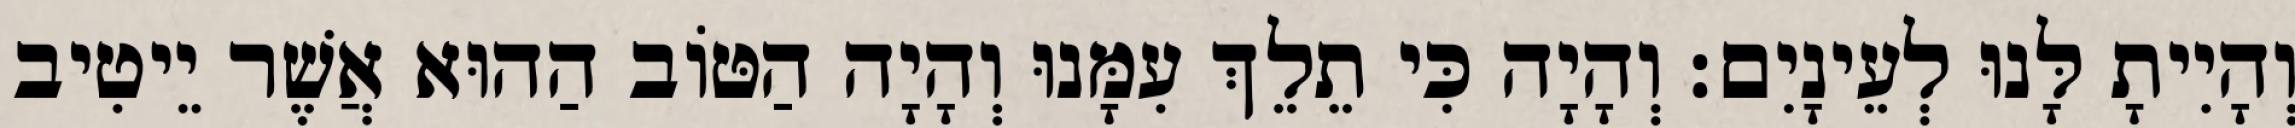
וְהָיִיתָ לָּנוּ לְעֵינָיִם׃ וְהָיָה כִּי תֵלֵךְ עִמָּנוּ וְהָיָה הַטּוֹב הַהוּא אֲשֶׁר יֵיטִיב